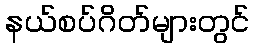
နယ်စပ်ဂိတ်များတွင်